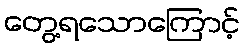
တွေ့ရသောကြောင့်